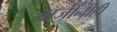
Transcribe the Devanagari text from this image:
बाजींनीही